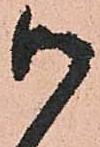
御